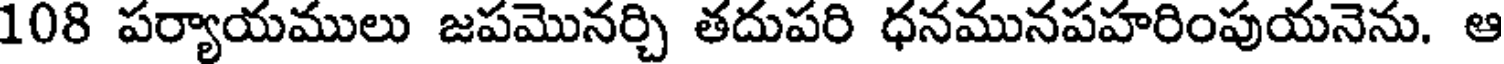
108 పర్యాయములు జపమొనర్చి తదుపరి ధనమునపహరింపుయనెను. ఆ